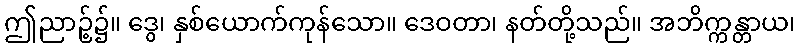
ဤညာဉ့်၌။ ဒွေ၊ နှစ်ယောက်ကုန်သော။ ဒေဝတာ၊ နတ်တို့သည်။ အဘိက္ကန္တာယ၊